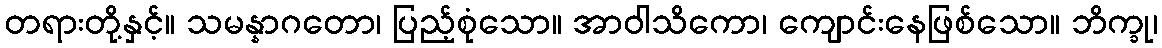
တရားတို့နှင့်။ သမန္နာဂတော၊ ပြည့်စုံသော။ အာဝါသိကော၊ ကျောင်းနေဖြစ်သော။ ဘိက္ခု၊